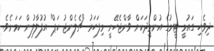
ދިވެހި ގައުމީ ޓީމުގެ އުންމީދަކަށް ވާންޖެހޭނީ މިފަހަރު "ޗެލެންޖު ކަޕް" އުފުލާލުން ކަމަށެވެ.